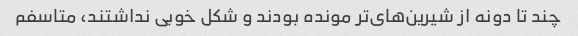
چند تا دونه از شیرین‌های‌تر مونده بودند و شکل خوبی نداشتند، متاسفم